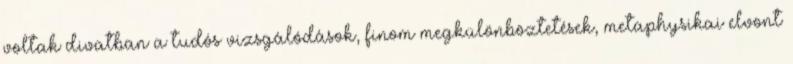
voltak divatban a tudós vizsgálódások, finom megkülönböztetések, metaphysikai elvont